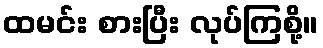
ထမင်း စားပြီး လုပ်ကြစို့။